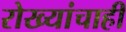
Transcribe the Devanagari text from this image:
रोख्यांचाही